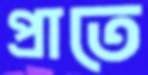
প্রাতে